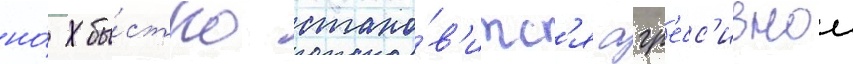
но́ бы́стро стано́в'итс'я агр'есс'ивнои